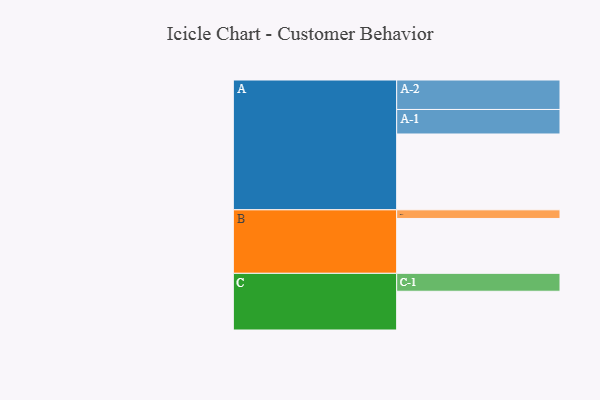
{"axis": {"x": "Segment", "y": "Value"}, "legend": ["", "A", "B", "C"], "data": [{"x": "A", "y": 597, "type": ""}, {"x": "B", "y": 432, "type": ""}, {"x": "C", "y": 305, "type": ""}, {"x": "A-1", "y": 193, "type": "A"}, {"x": "A-2", "y": 232, "type": "A"}, {"x": "B-1", "y": 68, "type": "B"}, {"x": "C-1", "y": 141, "type": "C"}]}